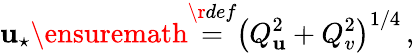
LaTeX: \mathbf{u}_{\star}\ensuremath{{\stackrel{\r{{def}}}{=}}}\left(Q_{\mathbf{u}}^{2}+Q_{v}^{2}\right)^{1/4}\, ,